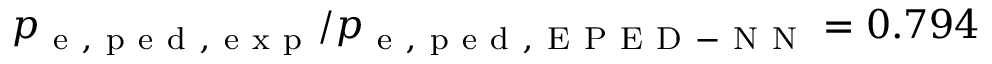
p _ { \mathrm { ~ e ~ , ~ p ~ e ~ d ~ , ~ e ~ x ~ p ~ } } / p _ { \mathrm { ~ e ~ , ~ p ~ e ~ d ~ , ~ E ~ P ~ E ~ D ~ - ~ N ~ N ~ } } = 0 . 7 9 4